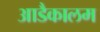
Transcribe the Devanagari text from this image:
आडैकालम